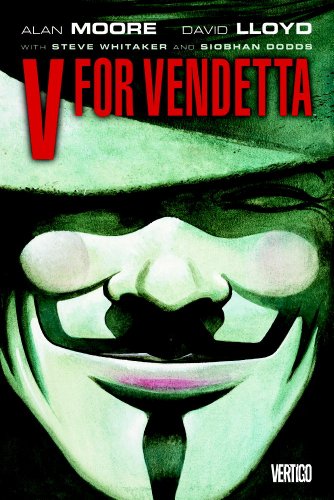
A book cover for V for Vendetta; Alan Moore; Comics & Graphic Novels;